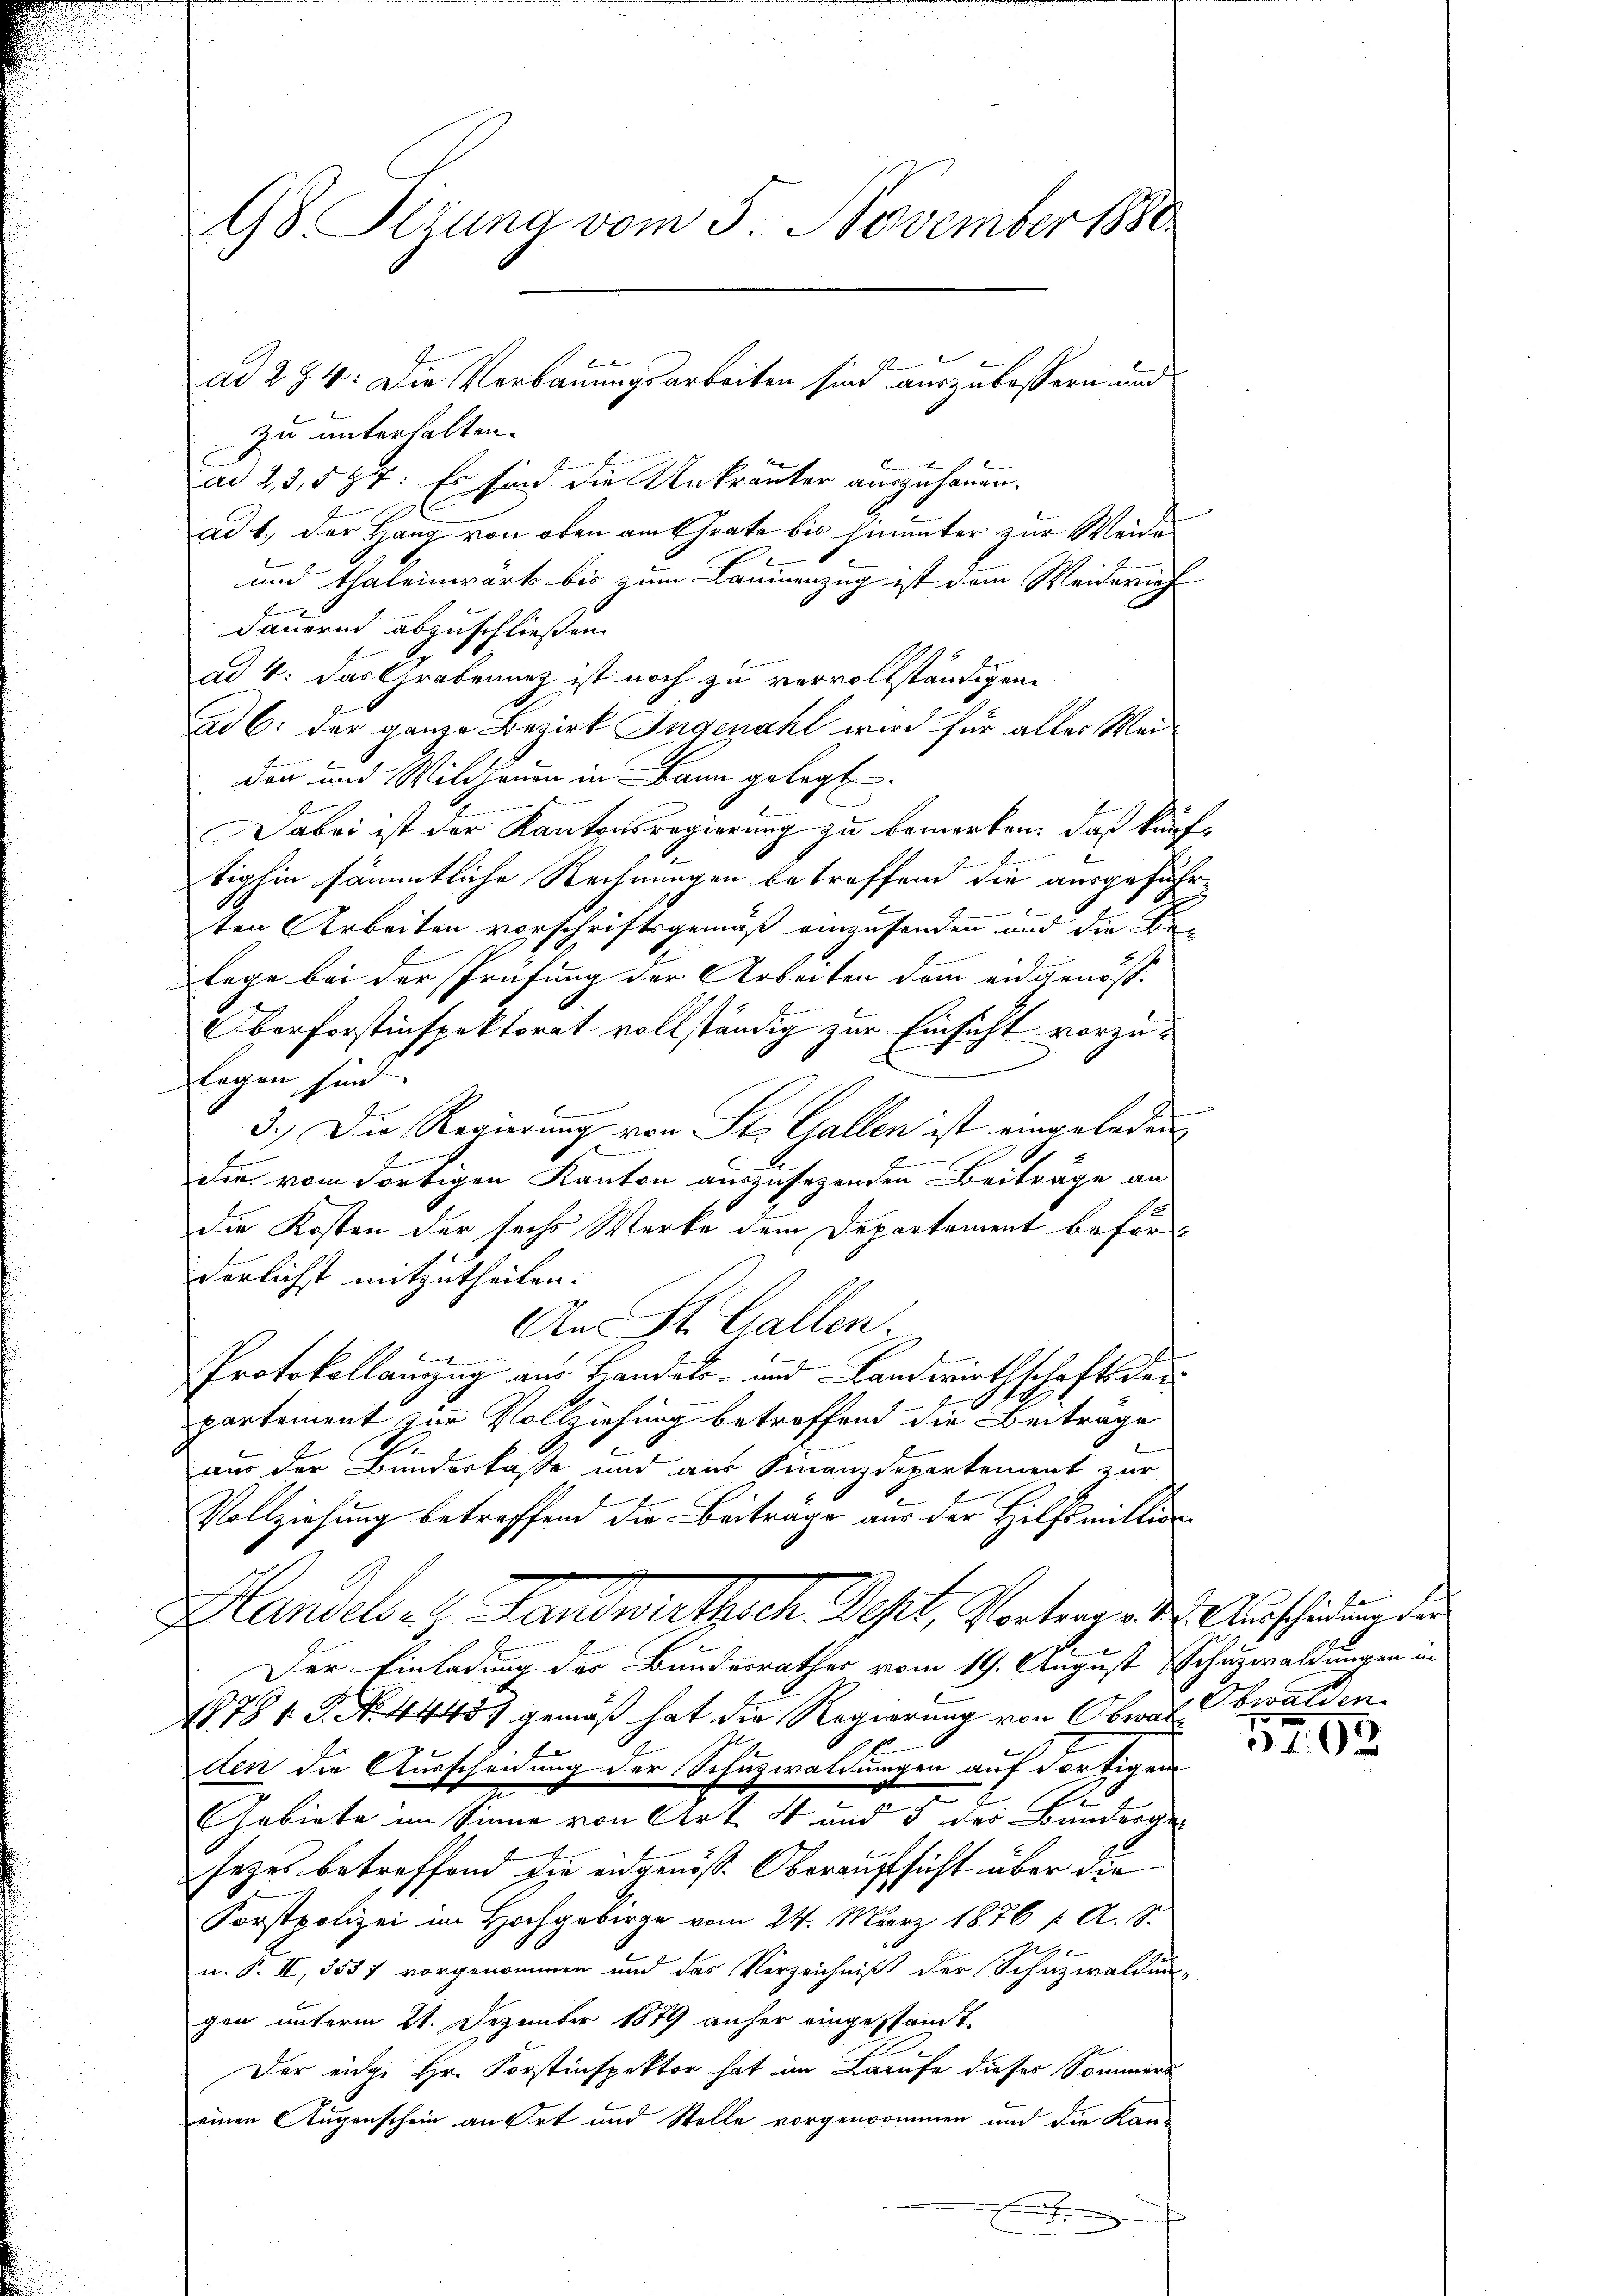
98. Perung vom 5. November 1880.

zu unterhalten.
ad 2, 3,597: Es sind die Unkräuter auszuhauen.
ad 1., der Hang von oben am Grate bis hinunter zur Weide
und thaleinwärts bis zum Baumenzug ist dem Weiderich
dauernd abzuschließen.
ad 4. das Grabenenz ist noch zu vervollständigen.
ad 6. der ganze Bezirk Ingenaht wird für aller Meiden und Wildhauen in Bann gelegt.
Dabei ist der Kantonsregierung zu bemerken, daß künftighin sämmtliche Rechnungen betreffend die ausgeführten Arbeiten vorschriftsgemäß einzusenden und die Belage bei der Prüfung der Arbeiten dem eidgenöss.
Oberforstinspektorat vollständig zur Einsicht vorzulagen sind.
.
Biedene
3.) Die Regierung von St. Gallen ist eingeladen
S
f
s
dee vom dortigen Kanton auszusetzenden Beiträge an
die Kosten der sechs Werke dem Departement beförderlicht mitzutheilen.
An St. Gallen.
E
Protokollanzug aus Handels- und Landwirthschafts derpartement zur Vollziehung betroffend die Beiträge
aus der Bundeskasse und aus Finanzdepartement zur
Vollziehung betreffend die Beiträge aus der Hilfsmittig
Handelsatz, Landwirthsch. Sept, Vortragen Ausserung der
Der Einladung der Bundesrathes vom 19. August Schuzwaldungen in
1761 S. N. 44451 gemäß hat die Regierung von Obwalt Obwalden
den die Ausscheidung der Schuzwaldungen auf dortigen
x
E
Gebiete im Sinne von Art. 4 und 5 der Bandergesezes betreffend die eidgenöß. Oberaufsicht über die
Forstpolizei im Hochgebirge vom 24. März 1876. 1. A. S.
n. P. II, 355 f vorgenommen und das Verzeichniß der Schuzwaldun-
gen unterm 21. Dezember 1879 anher eingestandt
Der eidge Hr. Forstinspektor hat im Laufe dieses Sommers
einen Augenschein an Ort und Stelle vorgenommen und die Kan-
.

vkin
ad 294. Die Verbauungsarbeiten sind auszubessern und

5202